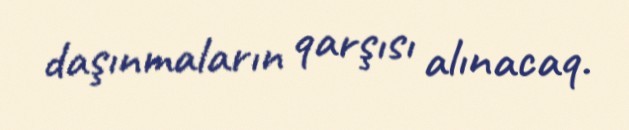
daşınmaların qarşısı alınacaq.